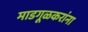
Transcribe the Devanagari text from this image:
माडगूळकरांना